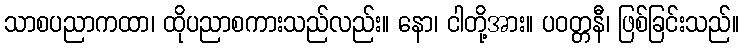
သာစပညာကထာ၊ ထိုပညာစကားသည်လည်း။ နော၊ ငါတို့အား။ ပဝတ္တနီ၊ ဖြစ်ခြင်းသည်။